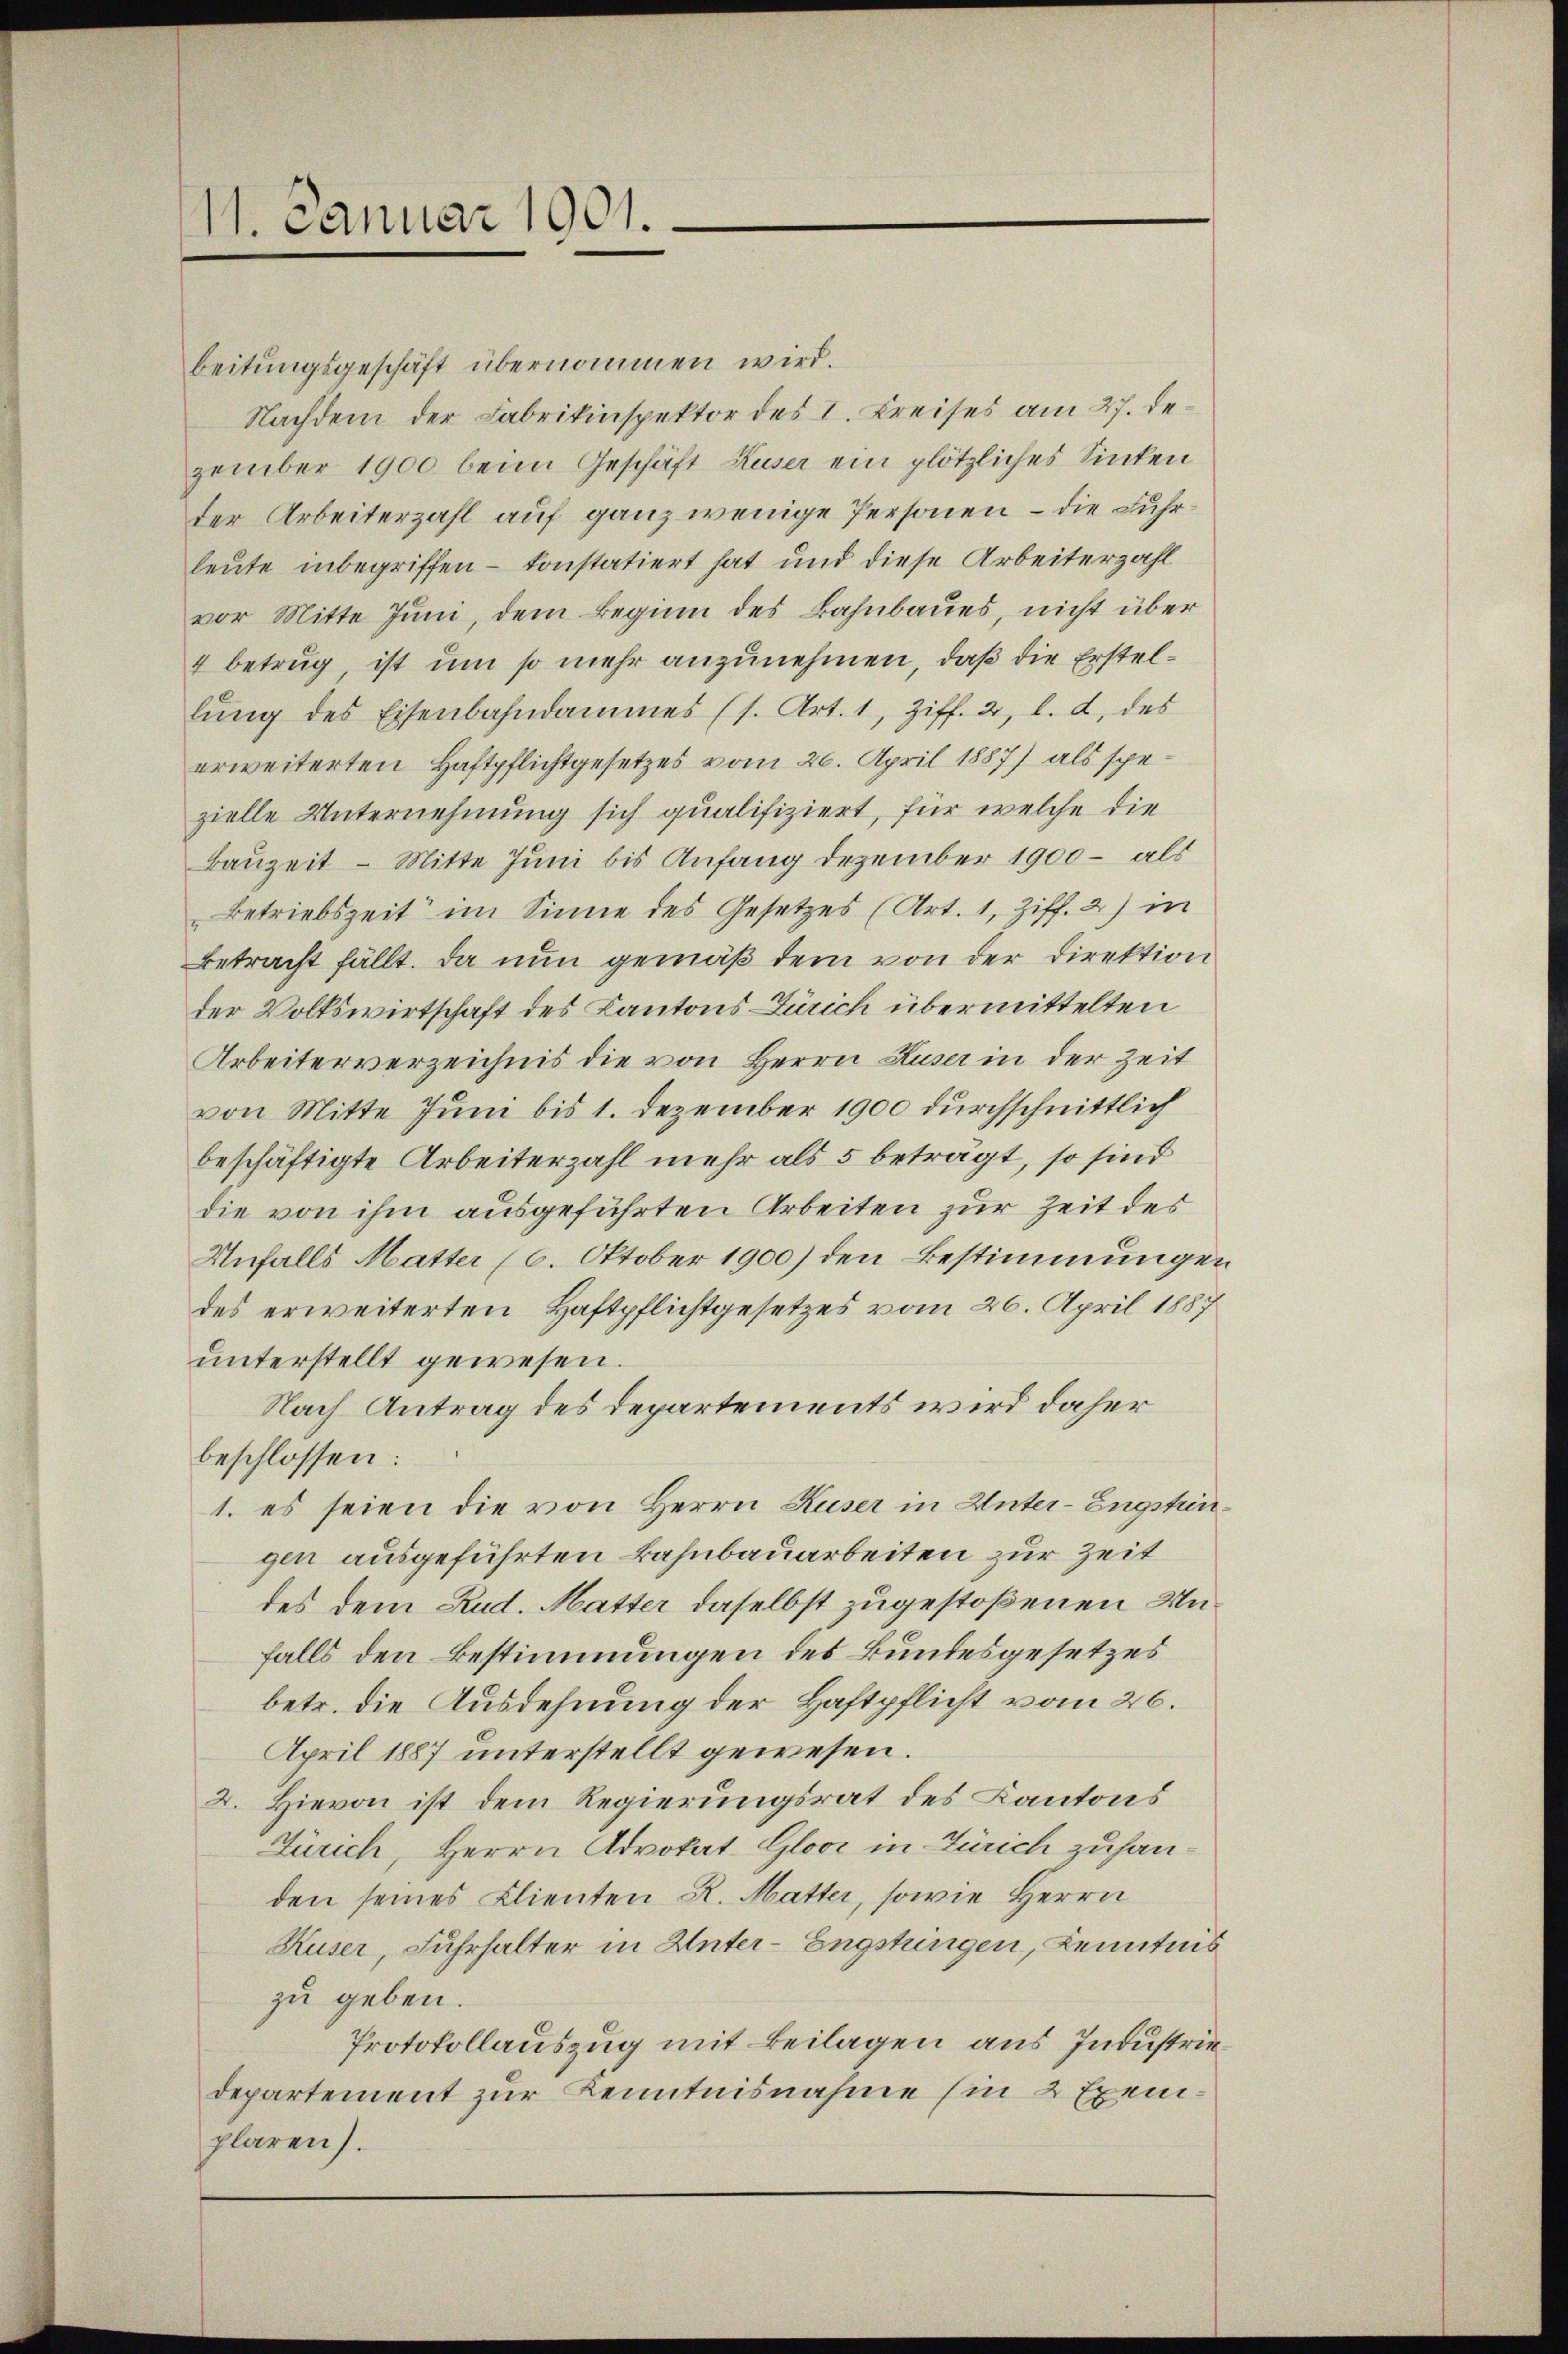
11. Januar 1901.

beitungsgeschäft übernommen wird.
Nachdem der Fabrikinspektor des I. Kreises am 27. Dezember 1900 beim Geschäft Huser ein plötzliches Sinken
der Arbeiterzahl auf ganz wenige Personen – die Fuhrleute inbegriffen – konstatiert hat und diese Arbeiterzahl
vor Mitte Juni, dem Beginn des Bahnbaues, nicht über
4 betrug ist um so mehr anzunehmen, daß die Erstellŭng des Eisenbahndammes (s. Art. 1, Ziff. 2, l. d. des
erweiterten Haftpflichtgesetzes vom 26. April 1887) als spezielle Unternehmung sich qualifiziert, für welche die
Bauzeit - Mitte Juni bis Anfang Dezember 1900 - als
Betriebszeit im Sinne des Gesetzes (Art. 1, Ziff. 2) in
Betracht fällt. Da nun gemäß dem von der Direktion
der Volkswirtschaft des Kantons Zürich übermittelten
Arbeiterverzeichnis die von Herrn Huser in der Zeit
von Mitte Juni bis 1. Dezember 1900 durchschnittlich
beschäftigte Arbeiterzahl mehr als 5 beträgt, so sind
die von ihm ausgeführten Arbeiten zur Zeit des
Unfalls Matter (6. Oktober 1900) den Bestimmungen
des erweiterten Haftpflichtgesetzes vom 26. April 1887
unterstellt gewesen.
Nach Antrag des Departements wird daher
beschlossen:
1. es seien die von Herrn Kuser in Unter-Engstringen ausgeführten Bahnbauarbeiten zur Zeit
des dem Rud. Matter daselbst zugestoßenen Unfalls den Bestimmungen des Bundesgesetzes
betr. die Ausdehnung der Haftpflicht vom 26.
April 1887 unterstellt gewesen.
2. Hievon ist dem Regierungsrat des Kantons
Zürich, Herrn Advokat Gloor in Zürich zuhanden seines Klienten R. Mutter, sowie Herrn
Kuser, Fuhrhalter in Unter-Engstringen, Kenntnis
zu geben.
Protokollauszug mit Beilagen aus Industriedepartement zur Kenntnisnahme hin 2 Exemplaren).